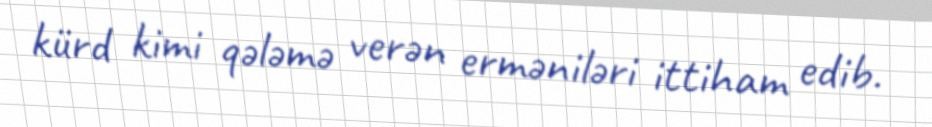
kürd kimi qələmə verən erməniləri ittiham edib.